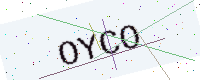
Text: OYCO